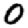
Digit: 0